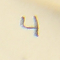
4